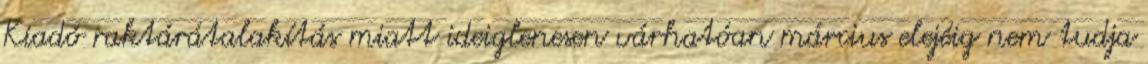
Kiadó raktárátalakítás miatt ideiglenesen várhatóan március elejéig nem tudja